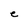
Character: e